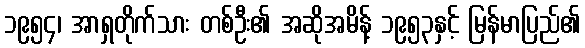
၁၉၅၄၊ အာရှတိုက်သား တစ်ဦး၏ အဆိုအမိန့် ၁၉၅၃နှင့် မြန်မာပြည်၏